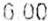
0.00